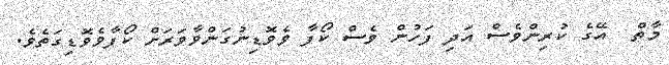
މާތް  އޭގެ ކުރިންވެސް އަދި ފަހުން ވެސް ކޯފާ ވެވޮޑިނުގަންވާވަރަށް ކޯފާވެވޮޑިގަތެވެ.